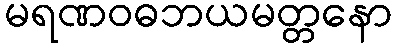
မရဏဝဓဘယမတ္တနော